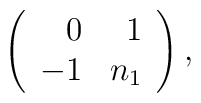
\left( \begin{array}{rr}0 & 1 \\ -1 & n_1 \end{array}\right),